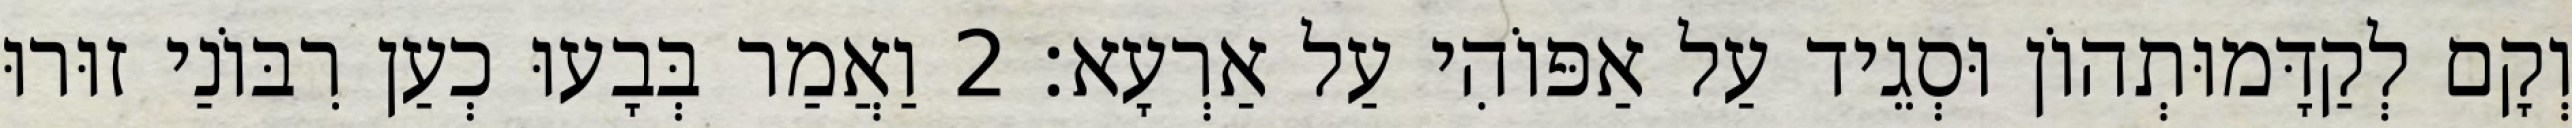
וְקָם לְקַדָּמוּתְהוֹן וּסְגֵיד עַל אַפּוֹהִי עַל אַרְעָא׃ 2 וַאֲמַר בְּבָעוּ כְעַן רִבּוֹנַי זוּרוּ